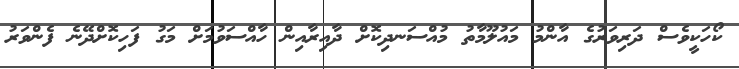
ކޯހަކީވެސް ދަރިވަރުގެ އާންމު މައުލޫމާތު މުއްސަނދިކޮށް ދާއިރާއިން ހާއްސަވުމަށް މަގު ފަހިކޮށްދޭނެ ފެންވަރު